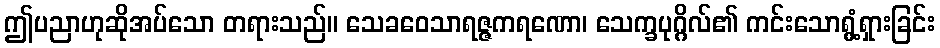
ဤပညာဟုဆိုအပ်သော တရားသည်။ သေခဝေသာရဇ္ဇကရဏော၊ သေက္ခပုဂ္ဂိလ်၏ ကင်းသောရွံ့ရှားခြင်း